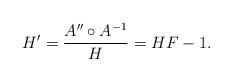
LaTeX: \begin{align*} H' = \frac{A'' \circ A^{-1}}{H} = HF - 1.\end{align*}